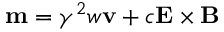
\mathbf { m } = \gamma ^ { 2 } w \mathbf { v } + c \mathbf { E } \times \mathbf { B }